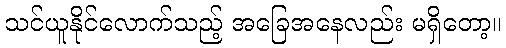
သင်ယူနိုင်လောက်သည့် အခြေအနေလည်း မရှိတော့။